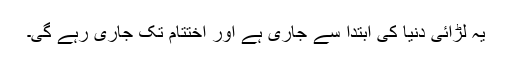
یہ لڑائی دنیا کی ابتدا سے جاری ہے اور اختتام تک جاری رہے گی۔